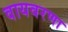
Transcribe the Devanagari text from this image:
वायवरणा